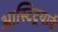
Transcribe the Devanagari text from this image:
आस्टिट्रयाई